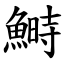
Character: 鰣